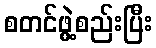
စတင်ဖွဲ့စည်းပြီး